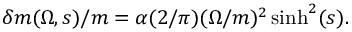
{ \delta m ( \Omega , s ) / m } = \alpha ( 2 / \pi ) ( \Omega / m ) ^ { 2 } \sinh ^ { 2 } ( s ) .